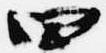
四